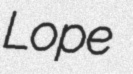
Lope